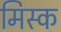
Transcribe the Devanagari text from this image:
मिस्क